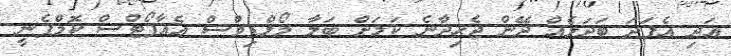
އަދި އެފަދަ ބަދަލެއް ދޭން ޖެހިދާނެ ކަމަށް ބަލާ މޯލްޑިވްސް އެއާޕޯޓްސް ކޮމްޕެނީ